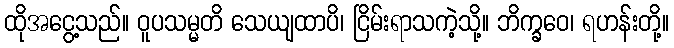
ထိုအငွေ့သည်။ ဝူပသမ္မတိ သေယျထာပိ၊ ငြိမ်းရာသကဲ့သို့။ ဘိက္ခဝေ၊ ရဟန်းတို့။